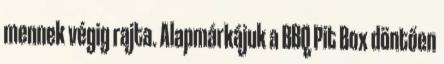
mennek végig rajta. Alapmárkájuk a BBQ Pit Box döntően